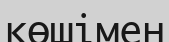
көшімен